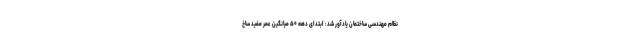
نظام مهندسی ساختمان یادآور شد: ابتدای دهه ۵۰ میانگین عمر مفید ساخ